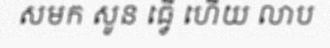
សមក សូន ធ្វើ ហើយ លាប